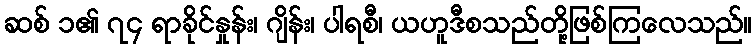
ဆစ် ၁၏ ၇၄ ရာခိုင်နှုန်း၊ ဂျိန်း၊ ပါရစီ၊ ယဟူဒီစသည်တို့ဖြစ်ကြလေသည်။